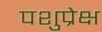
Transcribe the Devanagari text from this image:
पशुप्रेक्ष